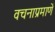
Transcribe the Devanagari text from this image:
वचनाप्रमाणें